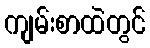
ကျမ်းစာထဲတွင်